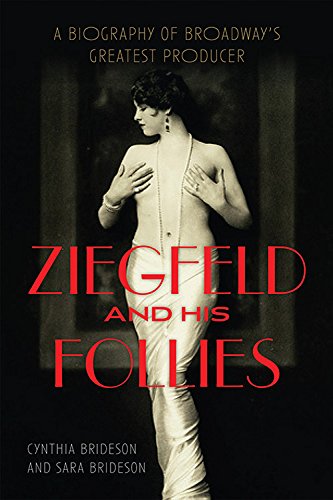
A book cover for Ziegfeld and His Follies: A Biography of Broadway's Greatest Producer (Screen Classics); Cynthia Brideson; Biographies & Memoirs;